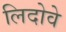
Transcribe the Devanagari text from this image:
लिदोवे